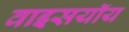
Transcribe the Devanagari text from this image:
वाइसयॉय